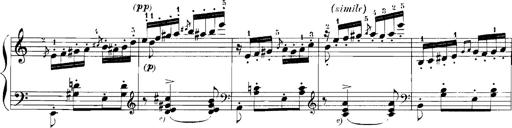
Title: Rhapsodies hongroises
Composer: Franz Liszt